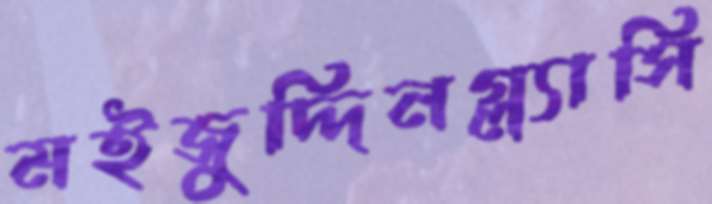
মইজুদ্দিনগ্ল্যাসি